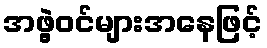
အဖွဲ့ဝင်များအနေဖြင့်